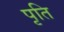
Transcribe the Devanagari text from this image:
पृति